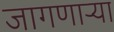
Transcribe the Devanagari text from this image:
जागणाऱ्या